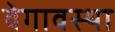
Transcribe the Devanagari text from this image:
वेगावस्था